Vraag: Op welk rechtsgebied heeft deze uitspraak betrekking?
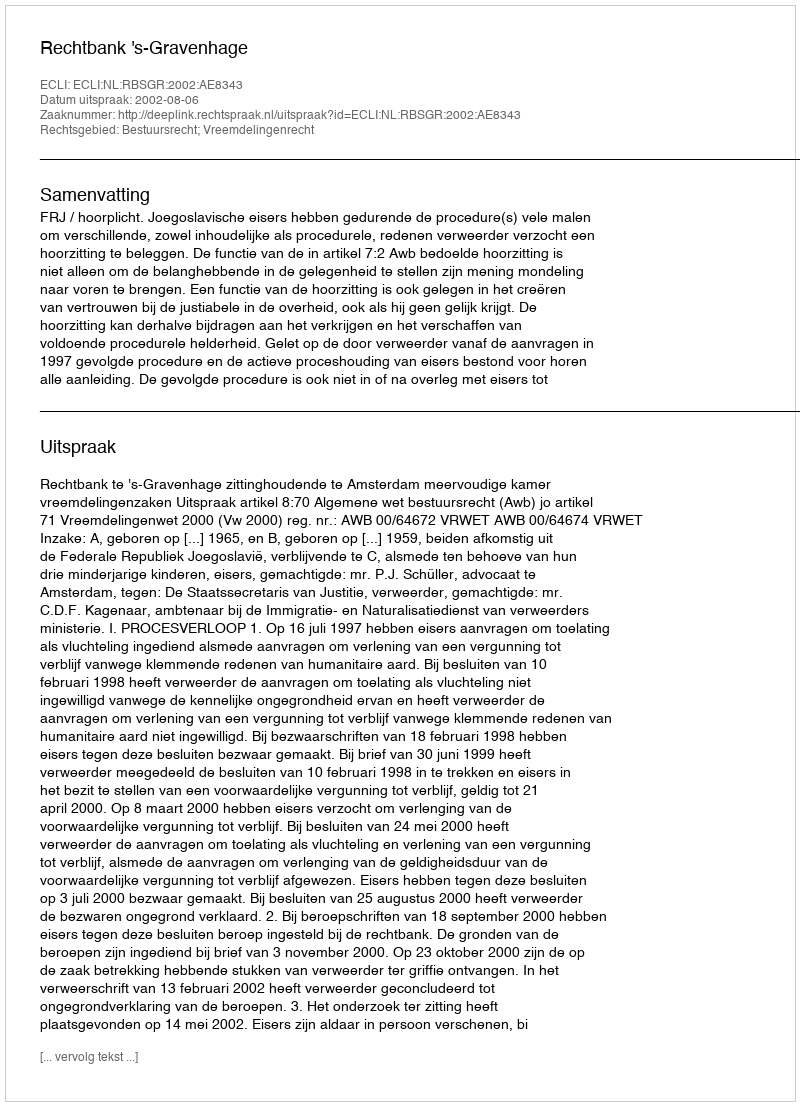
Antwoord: Bestuursrecht; Vreemdelingenrecht